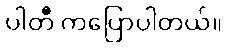
ပါတီ ကပြောပါတယ်။